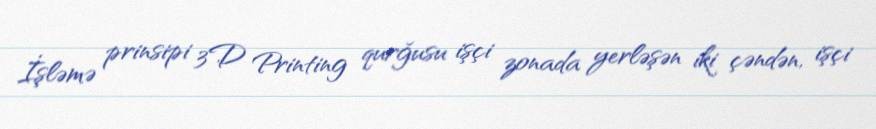
İşləmə prinsipi 3D Printing qurğusu işçi zonada yerləşən iki çəndən, işçi